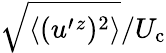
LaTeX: \sqrt{\langle{(u^{\prime}{}^{z})^{2}}\rangle}/U_{\textrm{c}}